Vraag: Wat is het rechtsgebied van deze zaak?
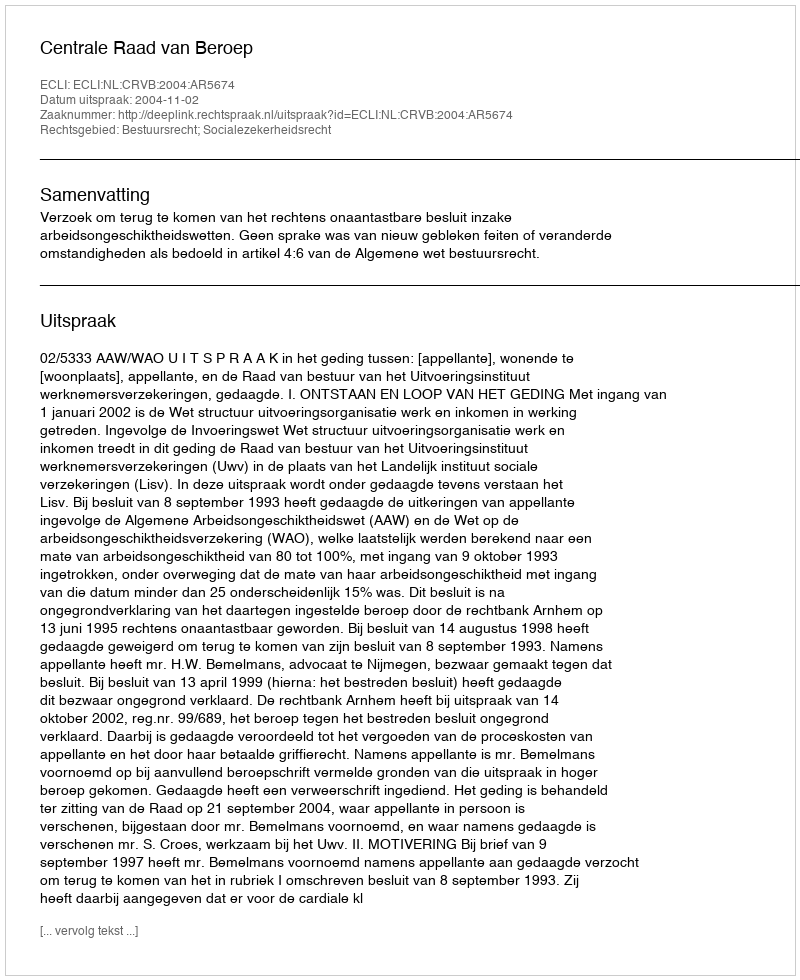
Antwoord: Bestuursrecht; Socialezekerheidsrecht